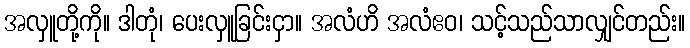
အလှူတို့ကို။ ဒါတုံ၊ ပေးလှူခြင်းငှာ။ အလံဟိ အလံဧဝ၊ သင့်သည်သာလျှင်တည်း။